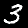
Label: 3